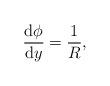
LaTeX: \begin{align*}\frac{\mathrm{d}\phi}{\mathrm{d}y }={\frac{1}{R}},\end{align*}